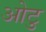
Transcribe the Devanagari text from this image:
ओटु